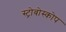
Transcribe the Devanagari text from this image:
स्ट्रोबोस्कोप